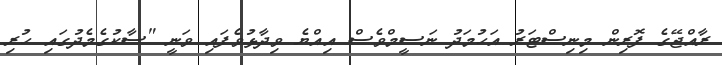
ރާއްޖޭގެ ފޮރިން މިނިސްޓަރު އަހުމަދު ނަސީމްވެސް އިއްޔެ ވިދާޅުވެފައި ވަނީ "ސާކުގެމެދުގައި ހުރި